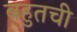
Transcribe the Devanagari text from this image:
बहुतची